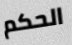
الحكم